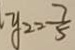
y _ { 2 } = \frac { 7 } { 5 }